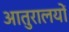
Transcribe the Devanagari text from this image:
आतुरालयों